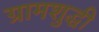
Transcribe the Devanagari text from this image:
ग्रामशुद्धी